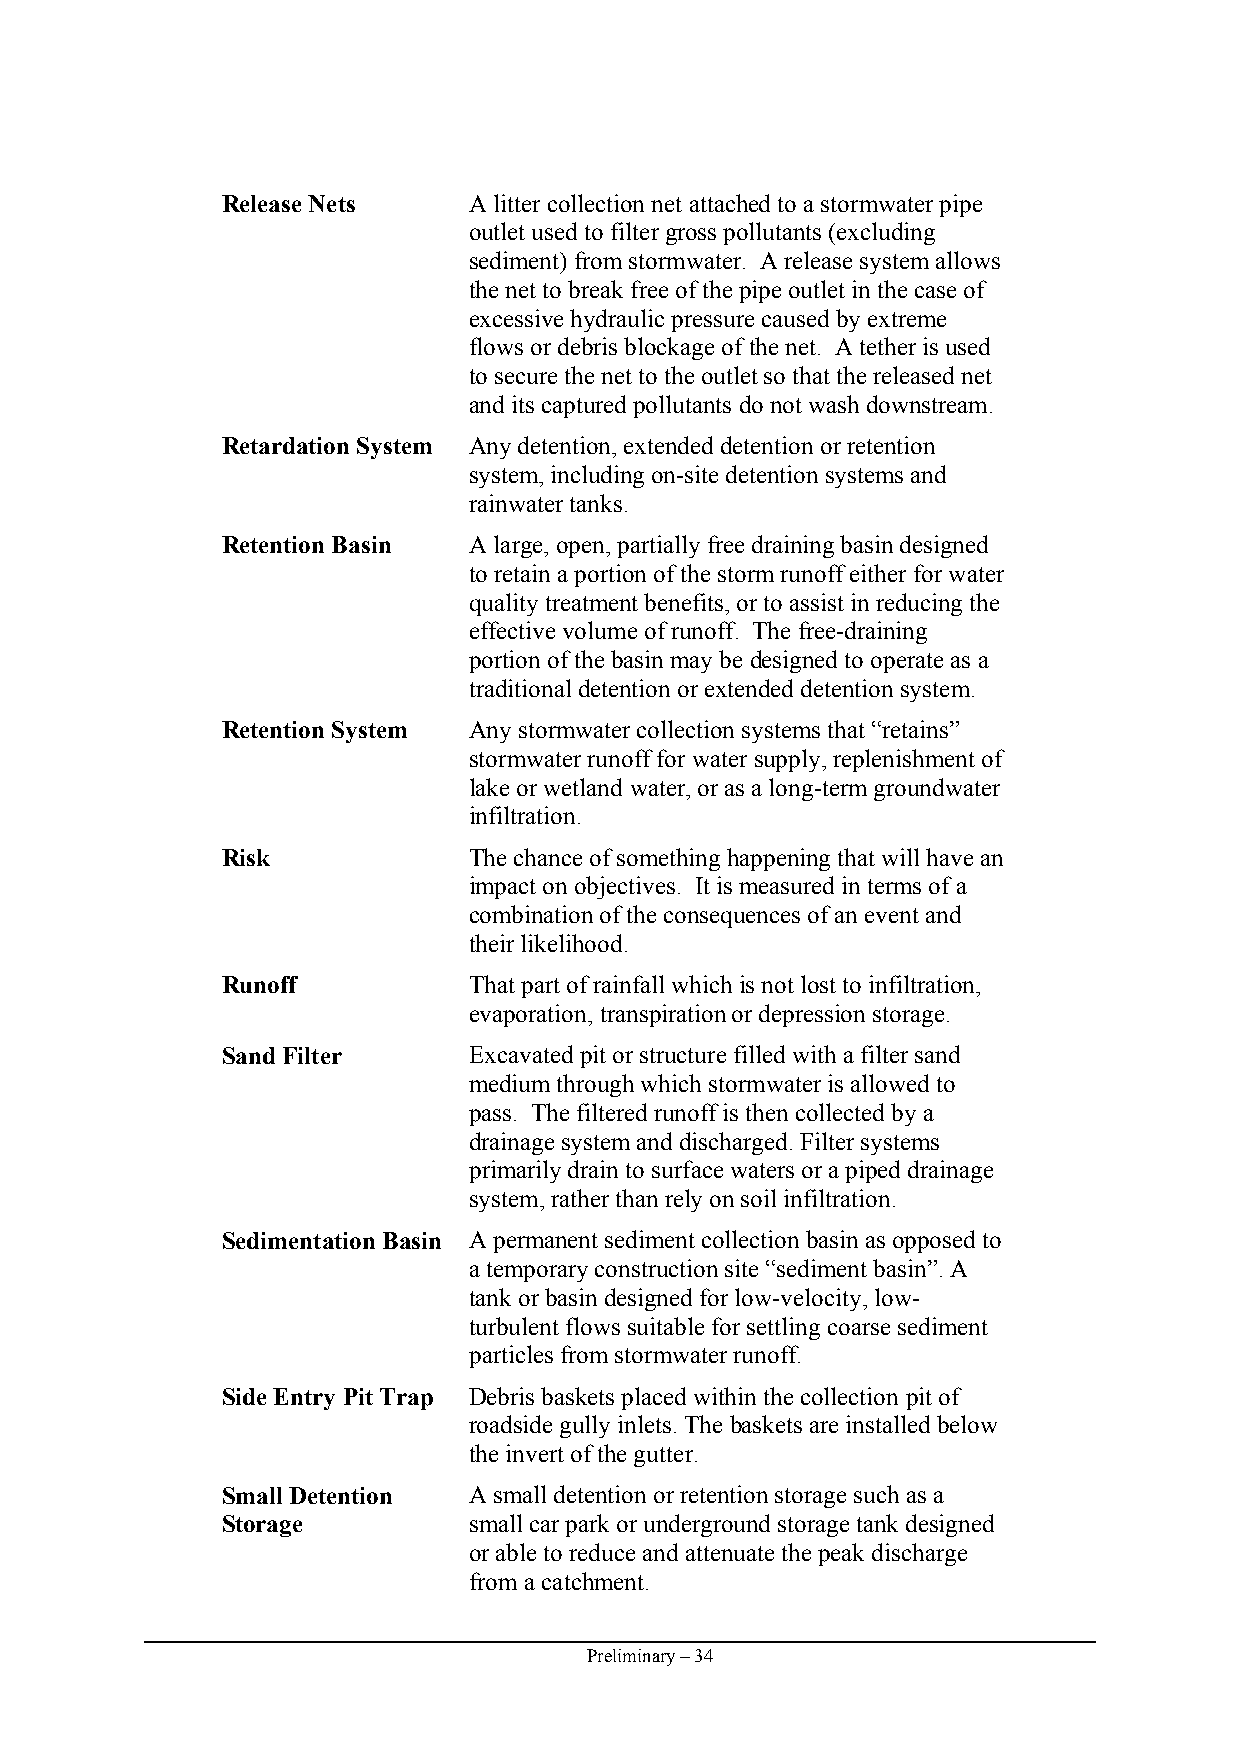
Release Nets    A litter collection net attached to a stormwater pipe
 outlet used to filter gross pollutants (excluding
 sediment) from stormwater. A release system allows
 the net to break free of the pipe outlet in the case of
 excessive hydraulic pressure caused by extreme
 flows or debris blockage of the net. A tether is used
 to secure the net to the outlet so that the released net
 and its captured pollutants do not wash downstream.
 Retardation System Any detention, extended detention or retention
 system, including on-site detention systems and
 rainwater tanks.
 Retention Basin A large, open, partially free draining basin designed
 to retain a portion of the storm runoff either for water
 quality treatment benefits, or to assist in reducing the
 effective volume of runoff. The free-draining
 portion of the basin may be designed to operate as a
 traditional detention or extended detention system.
 Retention System Any stormwater collection systems that “retains”
 stormwater runoff for water supply, replenishment of
 lake or wetland water, or as a long-term groundwater
 infiltration.
 Risk            The chance of something happening that will have an
 impact on objectives. It is measured in terms of a
 combination of the consequences of an event and
 their likelihood.
 Runoff          That part of rainfall which is not lost to infiltration,
 evaporation, transpiration or depression storage.
 Sand Filter     Excavated pit or structure filled with a filter sand
 medium through which stormwater is allowed to
 pass. The filtered runoff is then collected by a
 drainage system and discharged. Filter systems
 primarily drain to surface waters or a piped drainage
 system, rather than rely on soil infiltration.
 Sedimentation Basin A permanent sediment collection basin as opposed to
 a temporary construction site “sediment basin”. A
 tank or basin designed for low-velocity, low-
 turbulent flows suitable for settling coarse sediment
 particles from stormwater runoff.
 Side Entry Pit Trap Debris baskets placed within the collection pit of
 roadside gully inlets. The baskets are installed below
 the invert of the gutter.
 Small Detention A small detention or retention storage such as a
 Storage         small car park or underground storage tank designed
 or able to reduce and attenuate the peak discharge
 from a catchment.
 Preliminary – 34